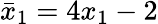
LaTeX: \bar{x}_{1}=4x_{1}-2